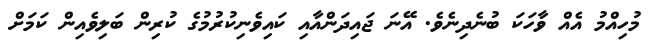
މުހިއްމު އެއް ވާހަކަ ބުނެދިނެވެ. އޭނަ ޖައިދަންއާއި ކައިވެނިކުރުމުގެ ކުރިން ބަލިވެއިން ކަމަށް